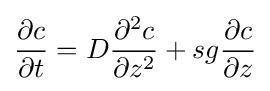
{\frac {\partial c}{\partial t}}=D{\frac {\partial ^{2}c}{\partial z^{2}}}+sg{\frac {\partial c}{\partial z}}